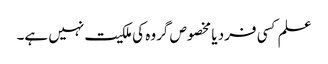
علم کسی فرد یا مخصوص گروہ کی ملکیت نہیں ہے۔